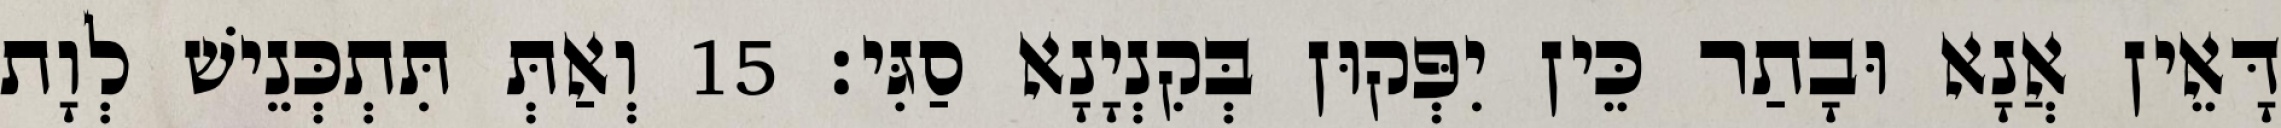
דָּאֵין אֲנָא וּבָתַר כֵּין יִפְּקוּן בְּקִנְיָנָא סַגִּי׃ 15 וְאַתְּ תִּתְכְּנֵישׁ לְוָת